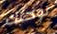
لوحتك